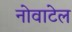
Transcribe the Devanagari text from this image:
नोवाटेल